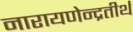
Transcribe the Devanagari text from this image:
नारायणेन्द्रतीर्थ